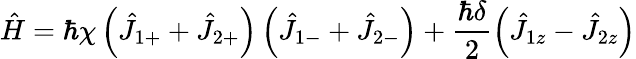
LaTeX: \hat{H}=\hbar\chi\left(\hat{J}_{1+}+\hat{J}_{2+}\right)\left(\hat{J}_{1-}+\hat{J}_{2-}\right)+\frac{\hbar\delta}{2}\left(\hat{J}_{1z}-\hat{J}_{2z}\right)